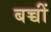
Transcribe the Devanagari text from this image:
बच्चोंं